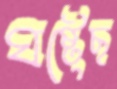
ঘষ্‌টেছ